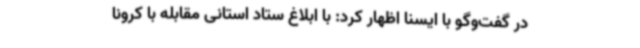
در گفت‌وگو با ایسنا اظهار کرد: با ابلاغ ستاد استانی مقابله با کرونا